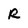
Character: R